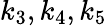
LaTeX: k_{3},k_{4},k_{5}